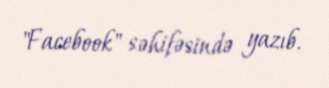
"Facebook" səhifəsində yazıb.